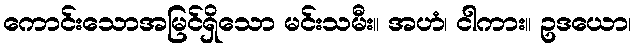
ကောင်းသောအမြင်ရှိသော မင်းသမီး။ အဟံ၊ ငါကား။ ဥဒယော၊